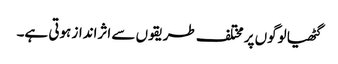
گٹھیا لوگوں پر مختلف طریقوں سے اثرانداز ہوتی ہے۔